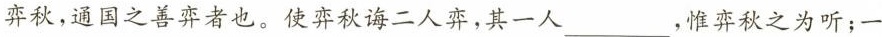
弈秋，通国之善弈者也。使弈秋诲二人弈，其一人___，惟弈秋之为听；一